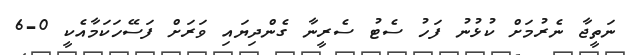
ނަތީޖާ ނެރުމަށް ކުޅުނު ފަހު ސެޓު ސެރީނާ ގެންދިޔައި ވަރަށް ފަސޭހަކަމާއެކީ 0-6